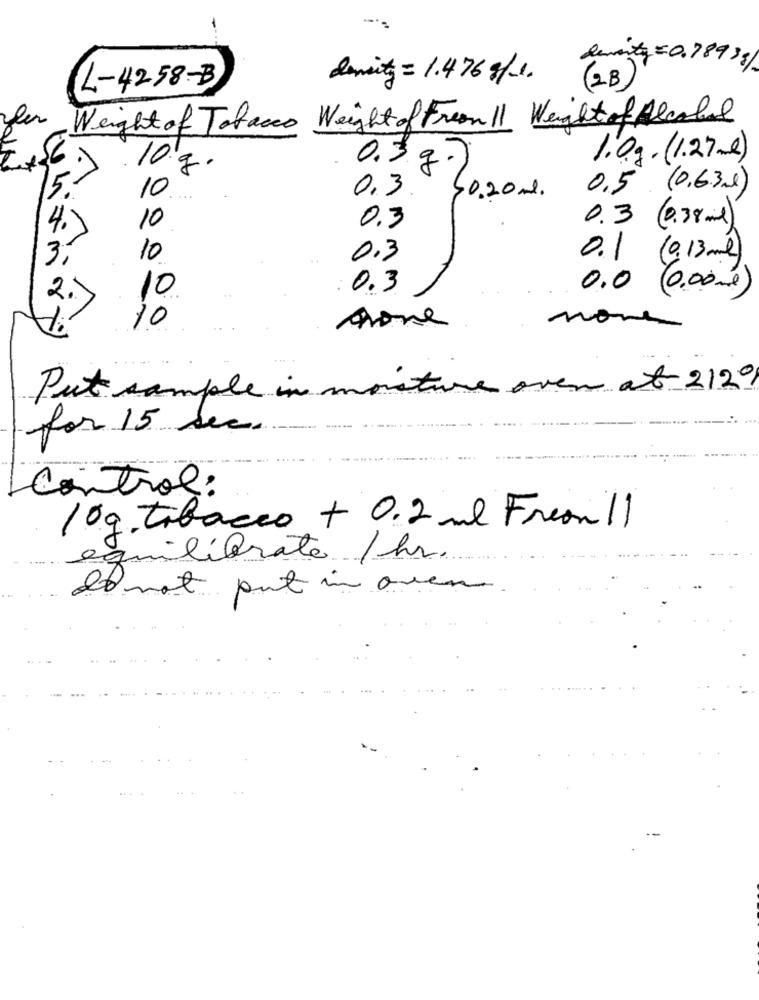
demity = 0.789 38
L-4258-B
density = 1.476 g/1.
( 2B)
Weight of Tobacco Weight of Freeull Weight of Alcohol
40
0.3
1.0g. (1.27ml)
10.g.
10
0 . 3 .
0.5 (0,631)
10.20 ml .
0.3 (0.38 mil)
10
0.3
4.
3,
10
0.3
0.1 (0,13ml)
10
0.3
0.0 (0.00ml)
2.
di
10
none
none
over at 212º
Put sample in moisture
for 15 sec.
control:
10 g. tobacco + 0,2 ml Freon 11
equilibrate /hr.
Is not put in oven